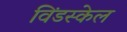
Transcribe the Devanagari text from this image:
विंडस्केल